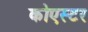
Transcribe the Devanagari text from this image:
कोएस्टर